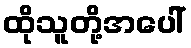
ထိုသူတို့အပေါ်